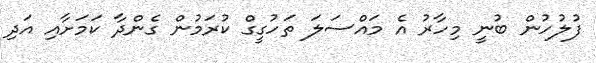
ފުލުހުން ބުނީ މިހާރު އެ މައްސަލަ ތަހުގީގް ކުރަމުން ގެންދާ ކަމަށާއި އަދި